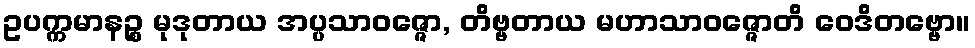
ဥပက္ကမာနဉ္စ မုဒုတာယ အပ္ပသာဝဇ္ဇော, တိဗ္ဗတာယ မဟာသာဝဇ္ဇောတိ ဝေဒိတဗ္ဗော။